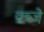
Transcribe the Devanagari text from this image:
क्ब्जे